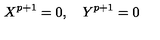
X ^ { p + 1 } = 0 , \quad Y ^ { p + 1 } = 0